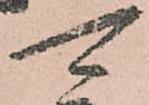
可